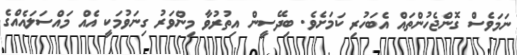
ނަމަވެސް ގޮންޖެހުންތައް އެބަހުރި ކަމަށެވެ. ބިދޭސީން އިތުރުވާ މިންވަރު ގިނަވުމަކީ އެއް މައްސަލައެއްގެ